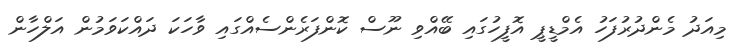
މިއަދު މެންދުރުފަހު އެމްޑީޕީ އޮފީހުގައި ބޭއްވި ނޫސް ކޮންފަރެންސެއްގައި ވާހަކަ ދައްކަވަމުން އަލްހާން